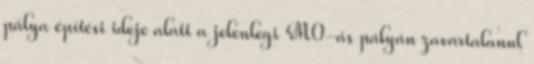
pálya építési ideje alatt a jelenlegi M0-ás pályán zavartalanul